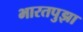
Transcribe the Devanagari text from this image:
भारतपुझा